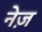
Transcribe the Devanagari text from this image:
नेज़